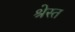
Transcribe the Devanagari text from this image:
श्रेस्त